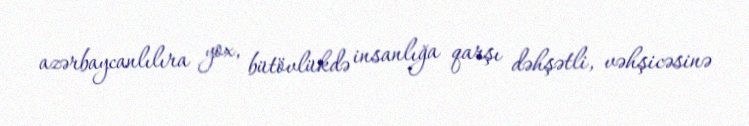
azərbaycanlılıra yox, bütövlükdə insanlığa qarşı dəhşətli, vəhşicəsinə